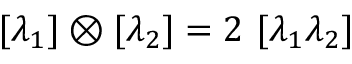
[ \lambda _ { 1 } ] \otimes [ \lambda _ { 2 } ] = 2 \ [ \lambda _ { 1 } \lambda _ { 2 } ]